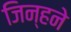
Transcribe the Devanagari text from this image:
जिन्हने